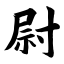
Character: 尉